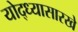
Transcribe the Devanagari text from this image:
योद्ध्यासारखे